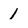
Character: 1